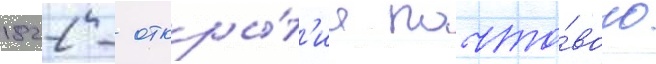
1822 - откры́т'ие почто́вого